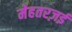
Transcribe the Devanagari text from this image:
मेहतरज़ई